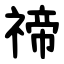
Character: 禘